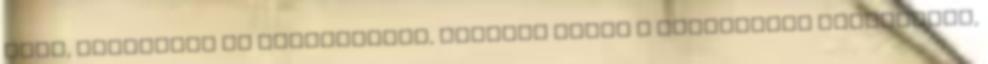
bűne, elfordult az ígéretektől, semmibe vette a választott vérvonalat,